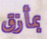
بمأزق